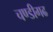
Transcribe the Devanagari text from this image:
चण्‍डीगढ